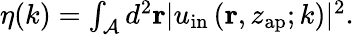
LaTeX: \begin{array}{r}{\eta(k)=\int_{\mathcal{A}}d^{2}\mathbf{r}|u_{\mathrm{in}}\left(\mathbf{r},z_{\mathrm{ap}};k\right)|^{2}.}\end{array}